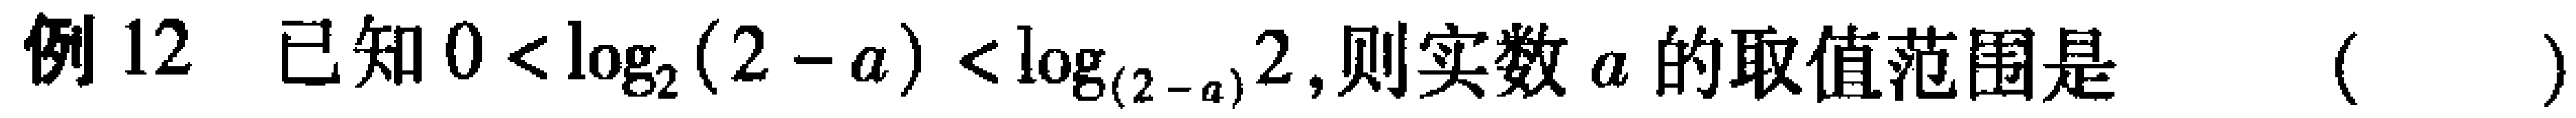
例12 已知\(0 < \log_{2}(2 - a) < \log_{(2 - a)}2\),则实数\(a\)的取值范围是 （  ）